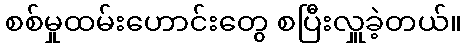
စစ်မှုထမ်းဟောင်းတွေ စပြီးလှူခဲ့တယ်။